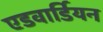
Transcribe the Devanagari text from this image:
एडवार्डियन